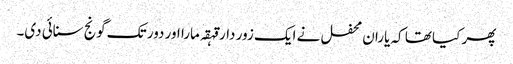
پھر کیا تھا کہ یاران محفل نے ایک زور دار قہقہ مارا اور دور تک گونج سنائی دی۔